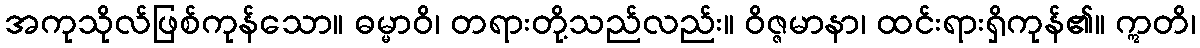
အကုသိုလ်ဖြစ်ကုန်သော။ ဓမ္မာဝိ၊ တရားတို့သည်လည်း။ ဝိဇ္ဇမာနာ၊ ထင်းရားရှိကုန်၏။ ဣတိ၊